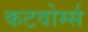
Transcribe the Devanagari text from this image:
कटवोर्म्स